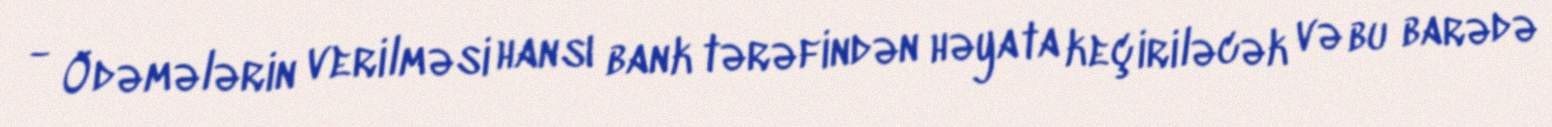
- Ödəmələrin verilməsi hansı bank tərəfindən həyata keçiriləcək və bu barədə